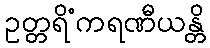
ဥတ္တရိံကရဏီယန္တိ